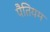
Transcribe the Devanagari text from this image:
पैतियम